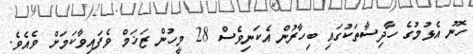
ހޮނު އެޅުމުގެ ހާދިސާތަކުގައި ބިހާރުން އެކަނިވެސް 28 މީހުން ޒަޚަމް ވެފައިވާކަމަށް ވެއެވެ.